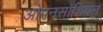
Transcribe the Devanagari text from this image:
ओपनसोशियल